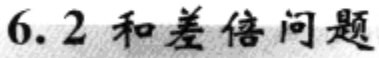
$6.2$ 和差倍问题